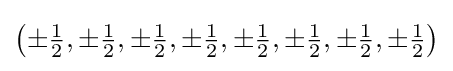
\left(\pm {\tfrac {1}{2}},\pm {\tfrac {1}{2}},\pm {\tfrac {1}{2}},\pm {\tfrac {1}{2}},\pm {\tfrac {1}{2}},\pm {\tfrac {1}{2}},\pm {\tfrac {1}{2}},\pm {\tfrac {1}{2}}\right)